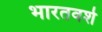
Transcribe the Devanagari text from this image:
भारतवर्श